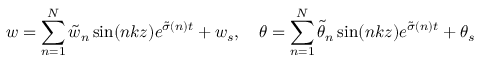
w = \sum _ { n = 1 } ^ { N } \tilde { w } _ { n } \sin ( n k z ) e ^ { \tilde { \sigma } ( n ) t } + w _ { s } , \quad \theta = \sum _ { n = 1 } ^ { N } \tilde { \theta } _ { n } \sin ( n k z ) e ^ { \tilde { \sigma } ( n ) t } + \theta _ { s }